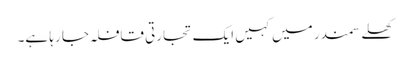
کھلے سمندر میں کہیں ایک تجارتی قافلہ جا رہا ہے۔